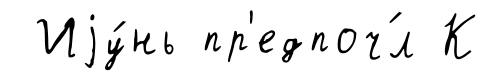
Иjу́нь пр'едпоч́л К